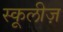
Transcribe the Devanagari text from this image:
स्कूलीज़